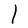
Character: l